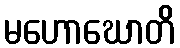
မဟောဃောတိ